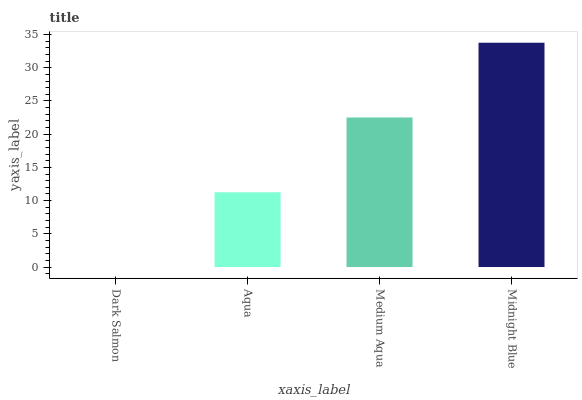
| xaxis_label | bars |
 | --- | --- |
 | Dark Salmon | 0 |
 | Aqua | 11.3 |
 | Medium Aqua | 22.5 |
 | Midnight Blue | 33.8 |